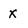
Character: X